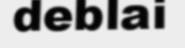
deblai